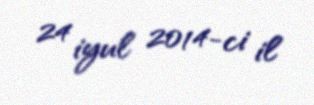
24 iyul 2014-ci il